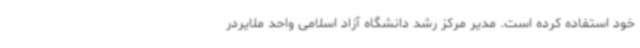
خود استفاده کرده است. مدیر مرکز رشد دانشگاه آزاد اسلامی واحد ملایردر